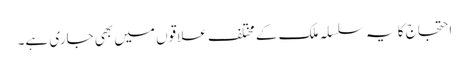
احتجاج کا یہ سلسلہ ملک کے مختلف علاقوں میں بھی جاری ہے۔